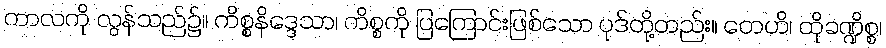
ကာလကို လွန်သည်၌။ ကိစ္စနိဒ္ဒေသာ၊ ကိစ္စကို ပြကြောင်းဖြစ်သော ပုဒ်တို့တည်း။ တေဟိ၊ ထိုခဏ္ဍိစ္စ၊